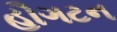
હૌગટન